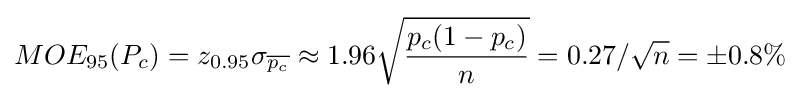
MOE_{95}(P_{c})=z_{0.95}\sigma _{\overline {p_{c}}}\approx 1.96{\sqrt {\frac {p_{c}(1-p_{c})}{n}}}=0.27/{\sqrt {n}}=\pm 0.8\%